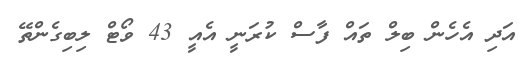
އަދި އެހެން ބިލް ތައް ފާސް ކުރަނީ އެއީ 43 ވޯޓް ލިބިގެންތޭ